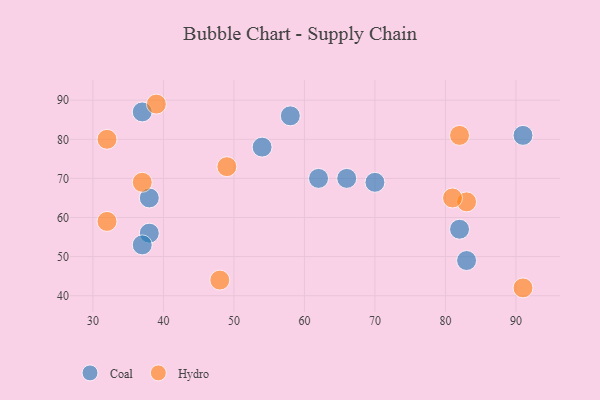
{"axis": {"x": "GDP", "y": "Life Expectancy"}, "legend": ["Coal", "Hydro"], "data": [{"x": "83", "y": 49, "type": "Coal"}, {"x": "66", "y": 70, "type": "Coal"}, {"x": "37", "y": 87, "type": "Coal"}, {"x": "38", "y": 56, "type": "Coal"}, {"x": "58", "y": 86, "type": "Coal"}, {"x": "37", "y": 53, "type": "Coal"}, {"x": "70", "y": 69, "type": "Coal"}, {"x": "62", "y": 70, "type": "Coal"}, {"x": "91", "y": 81, "type": "Coal"}, {"x": "38", "y": 65, "type": "Coal"}, {"x": "82", "y": 57, "type": "Coal"}, {"x": "54", "y": 78, "type": "Coal"}, {"x": "39", "y": 89, "type": "Hydro"}, {"x": "83", "y": 64, "type": "Hydro"}, {"x": "81", "y": 65, "type": "Hydro"}, {"x": "32", "y": 80, "type": "Hydro"}, {"x": "37", "y": 69, "type": "Hydro"}, {"x": "82", "y": 81, "type": "Hydro"}, {"x": "91", "y": 42, "type": "Hydro"}, {"x": "32", "y": 59, "type": "Hydro"}, {"x": "49", "y": 73, "type": "Hydro"}, {"x": "48", "y": 44, "type": "Hydro"}]}